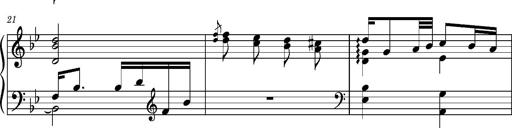
Title: Ungarischer Romanzero
Composer: Franz Liszt